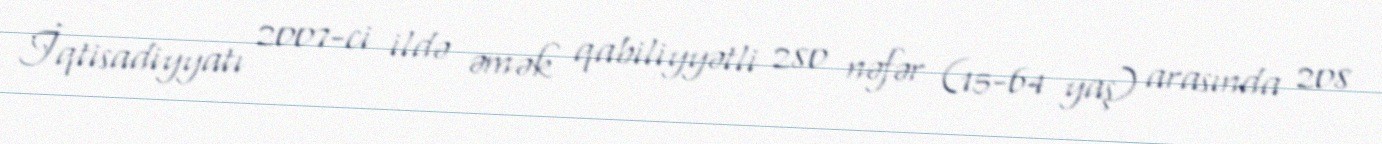
İqtisadiyyatı 2007-ci ildə əmək qabiliyyətli 280 nəfər (15-64 yaş) arasında 208